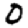
Digit: 0